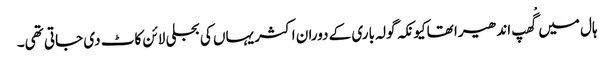
ہال میں گْھپ اندھیرا تھاکیونکہ گولہ باری کے دوران اکثر یہاں کی بجلی لائن کاٹ دی جاتی تھی۔